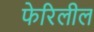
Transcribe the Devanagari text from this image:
फेरिलील